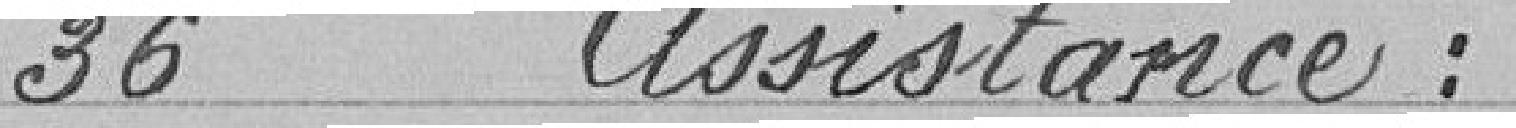
36 Assistance :